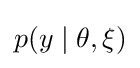
p(y\mid \theta ,\xi )